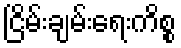
ငြိမ်းချမ်းရေးကိစ္စ